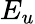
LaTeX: E_{u}